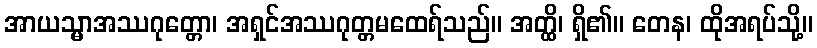
အာယသ္မာအဿဂုတ္တော၊ အရှင်အဿဂုတ္တမထေရ်သည်။ အတ္ထိ၊ ရှိ၏။ တေန၊ ထိုအရပ်သို့။